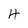
Character: 4